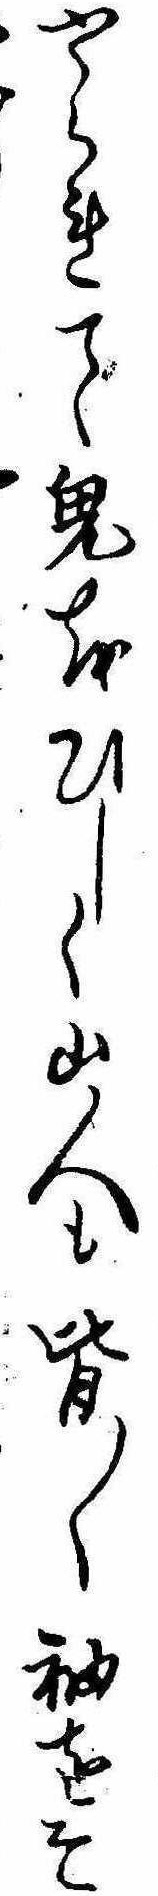
やられて鬼をひしく山人も皆〱袖をそ